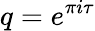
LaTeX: q=e^{\pi i\tau}